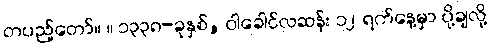
တပည့်တော်။ ။ ၁၃၃၈-ခုနှစ်, ဝါခေါင်လဆန်း ၁၂ ရက်နေ့မှာ ပို့ချလို့